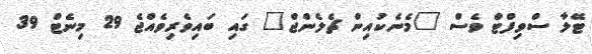
ޓޭލާ ސްވިފްޓް ވެސް "މެނެކުއިން ޗެލެންޖް" ގައި ބައިވެރިވެއްޖެ 29 މިނެޓް 39